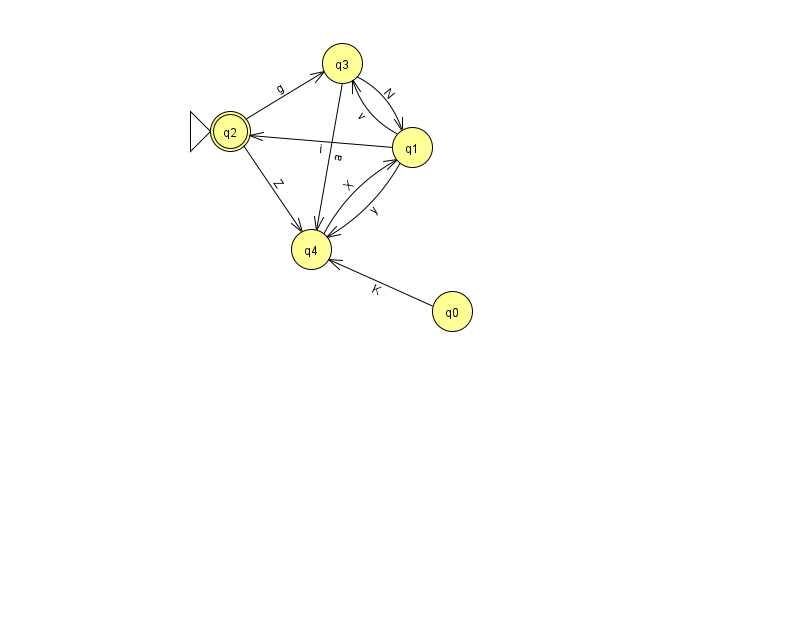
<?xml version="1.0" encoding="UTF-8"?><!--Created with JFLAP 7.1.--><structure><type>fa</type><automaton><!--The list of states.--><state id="0" name="q0"><x>452.0</x><y>298.0</y></state><state id="1" name="q1"><x>412.0</x><y>134.0</y></state><state id="2" name="q2"><x>230.0</x><y>118.0</y><initial/><final/></state><state id="3" name="q3"><x>342.0</x><y>50.0</y></state><state id="4" name="q4"><x>311.0</x><y>236.0</y></state><!--The list of transitions.--><transition><from>0</from><to>4</to><read>K</read></transition><transition><from>1</from><to>3</to><read>v</read></transition><transition><from>2</from><to>3</to><read>g</read></transition><transition><from>3</from><to>4</to><read>a</read></transition><transition><from>1</from><to>2</to><read>i</read></transition><transition><from>2</from><to>4</to><read>Z</read></transition><transition><from>3</from><to>1</to><read>N</read></transition><transition><from>4</from><to>1</to><read>X</read></transition><transition><from>1</from><to>4</to><read>y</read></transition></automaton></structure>